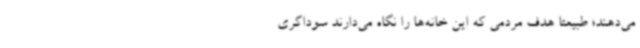
می‌دهند؛ طبیعتاً هدف مردمی که این خانه‌ها را نگاه می‌دارند سوداگری